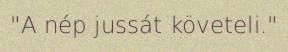
"A nép jussát követeli."